Assam Mental Hospital (Tezpur, India) - 1933-1948
Year: 1933
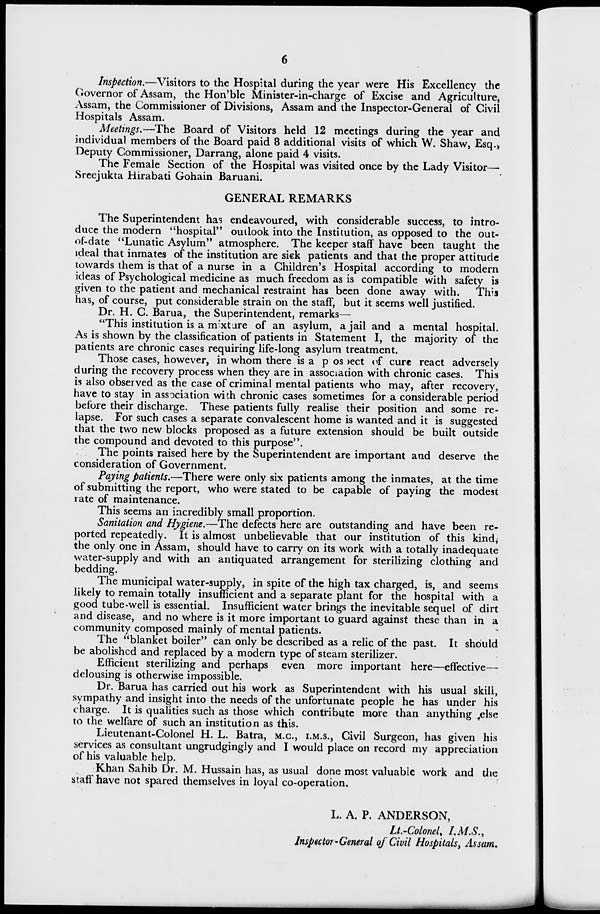
6
Inspection.—Visitors to the Hospital during the year were His Excellency the
Governor of Assam, the Hon'ble Minister-in-charge of Excise and Agriculture,
Assam, the Commissioner of Divisions, Assam and the Inspector-General of Civil
Hospitals Assam.
Meetings.—The Board of Visitors held 12 meetings during the year and
individual members of the Board paid 8 additional visits of which W. Shaw, Esq.
Deputy Commissioner, Darrang, alone paid 4 visits.
The Female Section of the Hospital was visited once by the Lady Visitor—
Sreejukta Hirabati Gohain Baruani.
GENERAL REMARKS
The Superintendent has endeavoured, with considerable success, to intro-
duce the modern "hospital" outlook into the Institution, as opposed to the out-
of-date "Lunatic Asylum" atmosphere. The keeper staff have been taught the
ideal that inmates of the institution are sick patients and that the proper attitude
towards them is that of a nurse in a Children's Hospital according to modern
ideas of Psychological medicine as much freedom as is compatible with safety is
given to the patient and mechanical restraint has been done away with.
This
has, of course, put considerable strain on the staff, but it seems well justified.
Dr. H. C. Barua, the Superintendent, remarks—
"This institution is a mixture of an asylum, a jail and a mental hospital.
As is shown by the classification of patients in Statement I, the majority of the
patients are chronic cases requiring life-long asylum treatment.
Those cases, however, in whom there is a prospect of cure react adversely
during the recovery process when they are in association with chronic cases. This
is also observed as the case of criminal mental patients who may, after recovery,
have to stay in association with chronic cases sometimes for a considerable period
before their discharge. These patients fully realise their position and some re-
lapse. For such cases a separate convalescent home is wanted and it is suggested
that the two new blocks proposed as a future extension should be built outside
the compound and devoted to this purpose".
The points raised here by the Superintendent are important and deserve the
consideration of Government.
Paying patients.—There were only six patients among the inmates, at the time
of submitting the report, who were stated to be capable of paying the modest
rate of maintenance.
This seems an incredibly small proportion.
Sanitation and Hygiene.—The defects here are outstanding and have been re-
ported repeatedly. It is almost unbelievable that our institution of this kind,
the only one in Assam, should have to carry on its work with a totally inadequate
water-supply and with an antiquated arrangement for sterilizing clothing and
bedding.
The municipal water-supply, in spite of the high tax charged, is, and seems
likely to remain totally insufficient and a separate plant for the hospital with a
good tube-well is essential. Insufficient water brings the inevitable sequel of dirt
and disease, and no where is it more important to guard against these than in a
community composed mainly of mental patients.
The "blanket boiler" can only be described as a relic of the past. It should
be abolished and replaced by a modern type of steam sterilizer.
Efficient sterilizing and perhaps even more important here—effective—
delousing is otherwise impossible.
Dr. Barua has carried out his work as Superintendent with his usual skill,
sympathy and insight into the needs of the unfortunate people he has under his
charge. It is qualities such as those which contribute more than anything else
to the welfare of such an institution as this.
Lieutenant-Colonel H. L. Batra, M.C., I.M.S., Civil Surgeon, has given his
services as consultant ungrudgingly and I would place on record my appreciation
of his valuable help.
Khan Sahib Dr. M. Hussain has, as usual done most valuable work and the
staff have not spared themselves in loyal co-operation.
L. A. P. ANDERSON,
Lt.-Colonel, I.M.S.,
Inspector-General of Civil Hospitals, Assam.